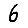
Digit: 6